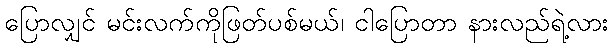
ပြောလျှင် မင်းလက်ကိုဖြတ်ပစ်မယ်၊ ငါပြောတာ နားလည်ရဲ့လား